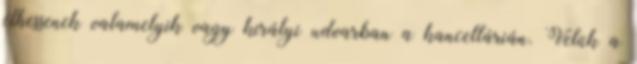
élhessenek valamelyik vagy királyi udvarban a kancellárián. Velük a